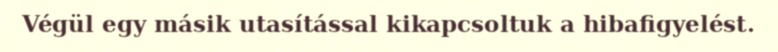
Végül egy másik utasítással kikapcsoltuk a hibafigyelést.